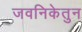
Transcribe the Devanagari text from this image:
जवनिकेतुन